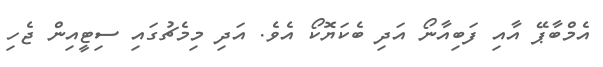
އެމްބާޕޭ އާއި ފަބިއާނޯ އަދި ބެކަޔޮކޯ އެވެ. އަދި މިމެޗުގައި ސިޓީއިން ޖެހި